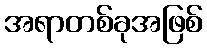
အရာတစ်ခုအဖြစ်